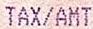
TAX/AMT